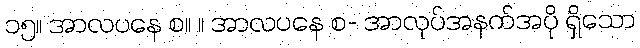
၁၅။ အာလပနေ စ။ ။ အာလပနေ စ- အာလုပ်အနက်အပို ရှိသော